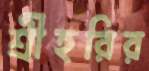
শ্রীহরির